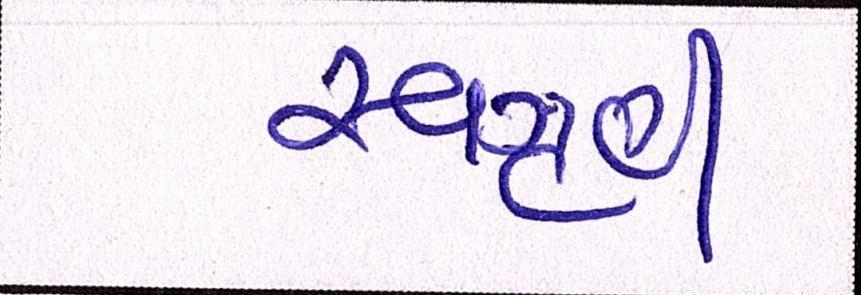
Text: સ્વગૃહી